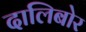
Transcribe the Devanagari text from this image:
दालिबोर